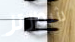
شوارتز